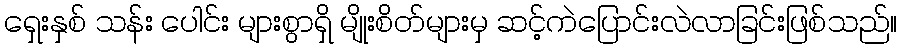
ရှေးနှစ် သန်း ပေါင်း များစွာရှိ မျိုးစိတ်များမှ ဆင့်ကဲပြောင်းလဲလာခြင်းဖြစ်သည်။